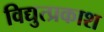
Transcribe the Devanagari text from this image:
विद्युत्प्रकाश